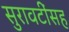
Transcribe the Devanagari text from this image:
सुरावटींसह